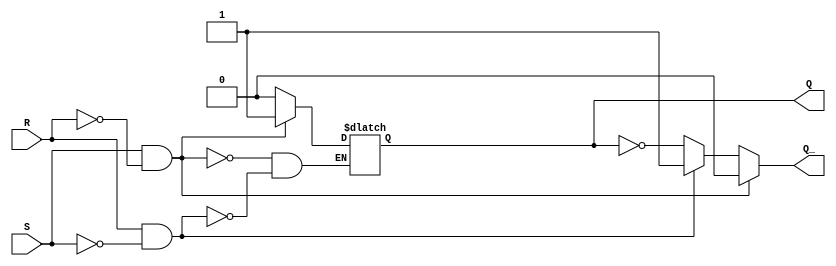
module sr_flip_flop (
    input S,
    input R,
    output reg Q,
    output reg Q_
);

always @ (S or R) begin
    if (S & ~R) begin
        Q <= 1;
        Q_ <= 0;
    end else if (R & ~S) begin
        Q <= 0;
        Q_ <= 1;
    end else begin
        Q <= Q;
        Q_ <= ~Q;
    end
end

endmodule